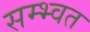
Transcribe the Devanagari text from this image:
सम्भ्वत